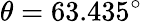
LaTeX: \theta=63.435^{\circ}